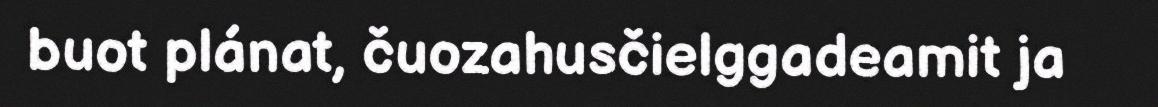
buot plánat, čuozahusčielggadeamit ja